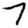
Digit: 7